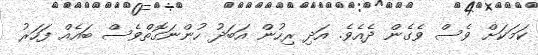
ކަމަކަށް ވެސް ވެގެން ދެއެވެ. އަދި ރިހުން އަބަދު ހުންނަގޮތްވެސް ބައެއް ފަހަރު